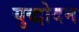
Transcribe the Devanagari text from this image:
युद्धोदन